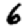
Digit: 6